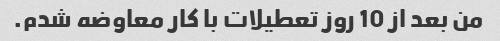
من بعد از 10 روز تعطیلات با کار معاوضه شدم.